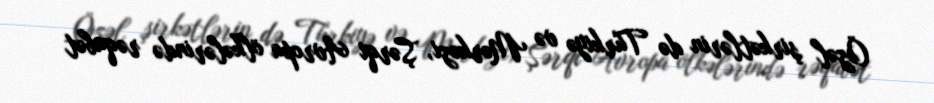
Özəl şirkətlərin də Türkiyə və Mərkəzi, Şərqi Avropa ölkələrində rəqabət